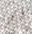
أي